V__Kingissepa_nim__kolhoos, lk 43
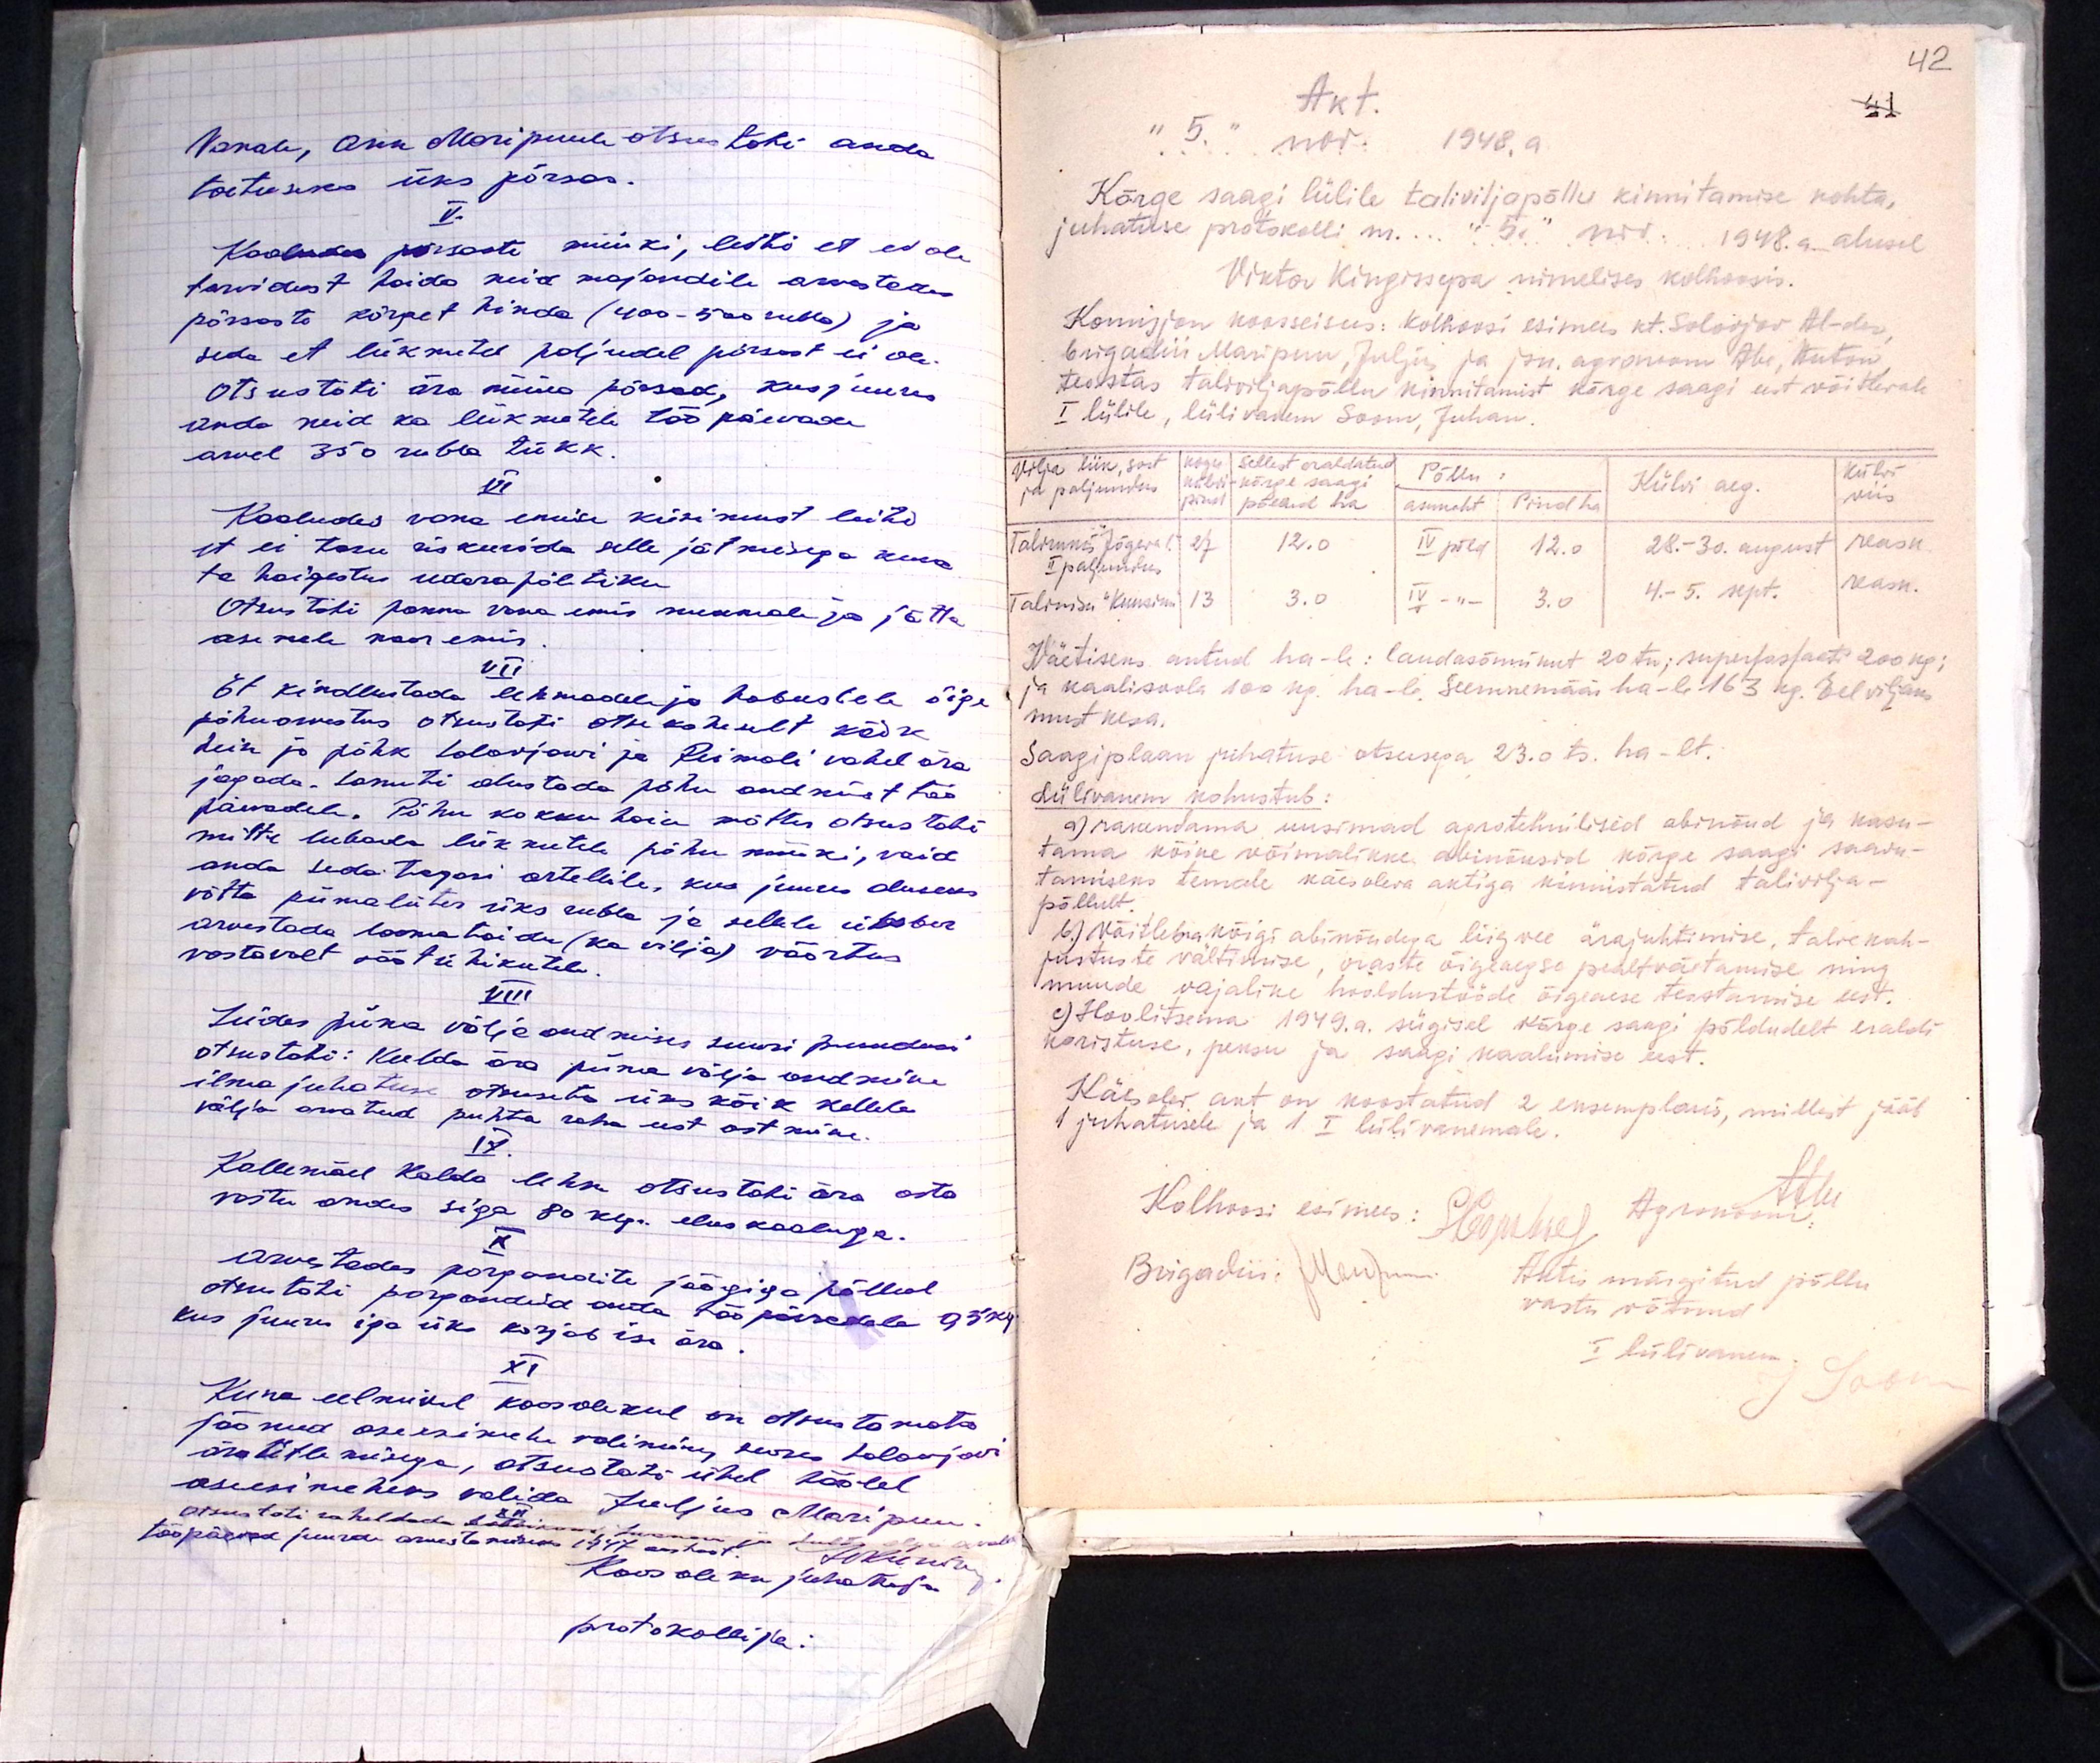
Vanale, Ann Maripuule otsustati anda
toetuseks üks põrsas.
V.
Koolhoosi põrsaste müüki, leiti et ei ole
tarvidust hoida neid majandile arvestades
põrsaste kõrget hinda (400-500 rubla) ja
seda et liikmetel paljudel põrsast ei ole.
Otsustati ära müüa põrsad, kusjuures
anda neid ka liikmetele töö päevade
arvel 350 rubla tükk.
VI
Kaaludes vana emise küsimust leiti
et ei tasu riskeerida selle jätmisega kuna
ta haigestus udarapõletiku
Otsustati panna vana emis surmale ja jätta
asemele noor emis.
VII.
Et kindlustada lehmadele ja hobustele õige
põhuarvestus otsustati otse koheselt kõik
hein ja põhk Solovjowi ja Reimali vahel ära
jagada. Samuti alustada põhu andmist töö
päevadele. Põhu kokkuhoiu mõttes otsustati
mitte lubada liikmetele põhu müüki, vaid
anda seda tagasi artellile, kus juures aluseks
võtta piimaliiter üks rubla ja sellele ümber
arvestada loomatoidu (ka vilja) väärtus
vastavalt mõõtühikutel
VIII
Leides piima välja andmises suuri puudusi
otsustati: Keelda ära piima välja andmine
ilma juhatuse otsuseta üks kõik kellele
välja arvatud puhta raha eest ostmine.
IX
Kollemäel Kalda lehm otsustati ära osta
vastuandes siga 80 klg. eluskaaluga.
X
Arvestades porgandite jäägiga põllul
otsutati porgandid anda tööpäevadele 95 kg.
kus juures iga üks korjab ise ära
XI
Kuna eelmisel koosolekul on otsustamata
jäänud aseesimehe valimine, seoses Solowjovi
äraütlemisega, otsustati ühel häälel
aseesimeheks valida Juljus Maripuu
Otsustati rahuldada ...
tööpäewa juures arvestamiseks 1947 aastast.
Koosoleku juhataja
protokollija:

Akt.
"5" nov. 1948. a.
Kõrge saagi lülile taliviljapõllu kinnitamise kohta,
juhatuse protokolli m... "5" nov 1948.a. alusel
Viktor Kingissepa nimelises kolhoosis.
Komisjon koosseisus: kolhoosi esimees kt. Solowjov Al-der
brigadiir Maripuu, Juljus ja jsk. agronoom Abe, Anton
teostas taliviljapõllu kinnitamist kõrge saagi eest võitleval
I lülile, lülivanem Soom, Juhan.
Põllu
Kasu
Külvi
sellest eraldatud
Vilja liik, sort
Külvi aeg.
külvi
kõrge saagi
viis
ja paljundus
pind
põllud ha
asukoht
Pind ha
Talirukkis Jõgeva l. 27
12.0
IV põld
12.0
28.-30. augusti kask
II paljundus
Talinisu "Kuusiku" 13
3.0
IV - " -
3.0
4.-5. sept.
kask.
Väetiseks antud ha-le: laudasõnnikut 20 tn; superfosfaati 200 kg;
ja kaalisoola 100 kg. ha-le. Seemnemääri ha-le 163 kg. Eel viljaks
must kesa.
Saagiplaan juhatuse otsusega 23.ots. ha-lt.
Lülivanem kohustub:
a) rakendama uusimad agrotehnilised abinõud ja kasu-
tama kõike võimalikke abinõusid kõrge saagi saawu-
tamiseks temale käesoleva aktiga kinnistatud talivilja-
põllult
b) Võitlema kõigi abinõudega liigwee ärajuhtimise, talve kah-
justuste vältimise, oraste õigeaegse pealtväetamise ning
muude vajalike hooldustööde õigsuse teostamise eest.
c) Hoolitsema 1949.a. sügisel kõrge saagi põldudelt eraldi
koristuse, peksu ja saagi kaalumise eest.
Käesolev akt on koostatud 2 eksemplari, millest jääb
1 juhatusele ja 1 I lülivanemale.
Kolhoosi esimees: Росте) Agronoomi
Brigadiir: (Мелумия"
Aktis märgitud põllu
vastu võtnud
I lülivanem; Losu